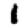
Digit: 1